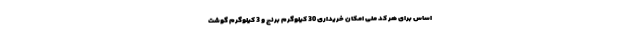
اساس برای هر کد ملی امکان خریداری 30 کیلوگرم برنج و 3 کیلوگرم گوشت